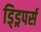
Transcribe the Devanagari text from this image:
ड्ड्रिपर्स